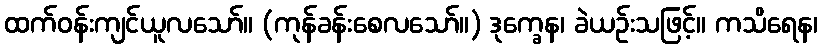
ထက်ဝန်းကျင်ယူလသော်။ (ကုန်ခန်းစေလသော်။) ဒုက္ခေန၊ ခဲယဉ်းသဖြင့်။ ကသိရေန၊